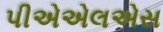
પીએએલએસ